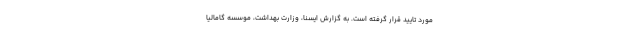
مورد تایید قرار گرفته است. به گزارش ایسنا، وزارت بهداشت، موسسه گامالیا